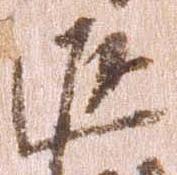
返